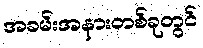
အခမ်းအနားတစ်ခုတွင်